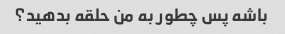
باشه پس چطور به من حلقه بدهید؟